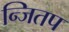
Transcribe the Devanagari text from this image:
न्जितप